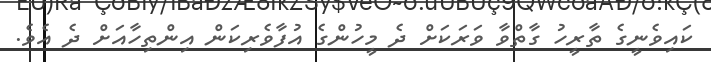
ކައިވެނީގެ ތާރީހު ގާތްވާ ވަރަކަށް ދެ މީހުންގެ އުފާވެރިކަން އިންތިހާއަށް ދެ އެވެ.